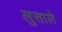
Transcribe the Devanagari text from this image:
लुसाले